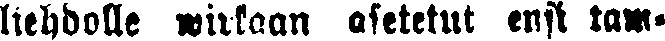
liehdolle wirkaan asetetut ensi tam-